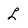
Character: L